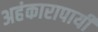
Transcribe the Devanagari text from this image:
अहंकारापायी